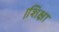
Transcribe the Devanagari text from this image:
।शिक्षा